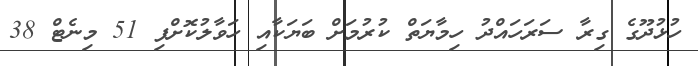
ހުޅުދޫގެ ގިރާ ސަރަހައްދު ހިމާޔަތް ކުރުމަށް ބަޔަކާއި ހަވާލުކޮށްފި 51 މިނެޓް 38